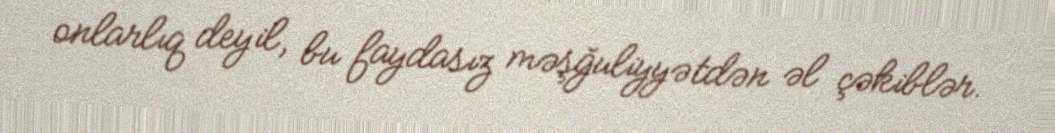
onlarlıq deyil, bu faydasız məşğuliyyətdən əl çəkiblər.